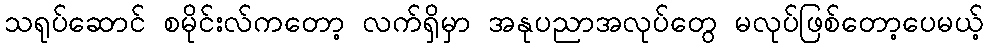
သရုပ်ဆောင် စမိုင်းလ်ကတော့ လက်ရှိမှာ အနုပညာအလုပ်တွေ မလုပ်ဖြစ်တော့ပေမယ့်